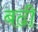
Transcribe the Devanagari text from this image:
बढी़